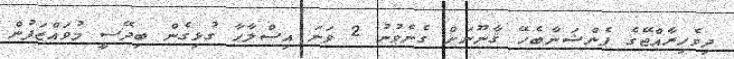
ދިވެހިރާއްޖޭގެ ޕެންޝަނާބެހޭ ޤާނޫނަށް ގެނެވުނު 2 ވަނަ އިޞްލާޙާ ގުޅިގެން ބިދޭސީ މުވައްޒަފުން